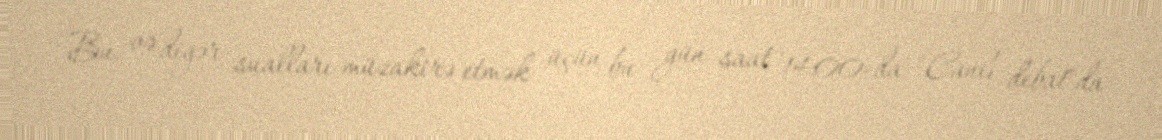
Bu və digər sualları müzakirə etmək üçün bu gün saat 14:00-da "Canlı debat"da